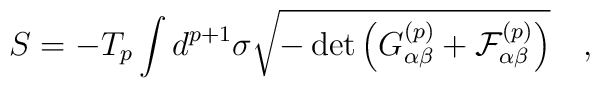
S = -T_{p} \int d^{p+1}\sigma\sqrt{-\det\left(G_{\alpha\beta}^{(p)}+{\cal{F}}_{\alpha\beta}^{(p)}\right)} \quad ,